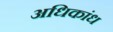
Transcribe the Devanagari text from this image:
अधिकांध